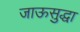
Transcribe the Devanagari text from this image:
जाऊसुद्धा